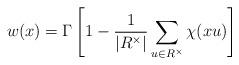
LaTeX: \begin{align*}w(x)= \Gamma \left[ 1-\dfrac{1}{|R^{\times}|}\sum_{u\in R^{\times}}\chi(xu) \right]\end{align*}